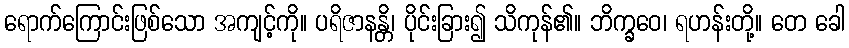
ရောက်ကြောင်းဖြစ်သော အကျင့်ကို။ ပရိဇာနန္တိ၊ ပိုင်းခြား၍ သိကုန်၏။ ဘိက္ခဝေ၊ ရဟန်းတို့။ တေ ခေါ